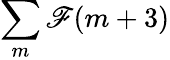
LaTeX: \sum\limits_{m}\mathscr{F}(m+3)